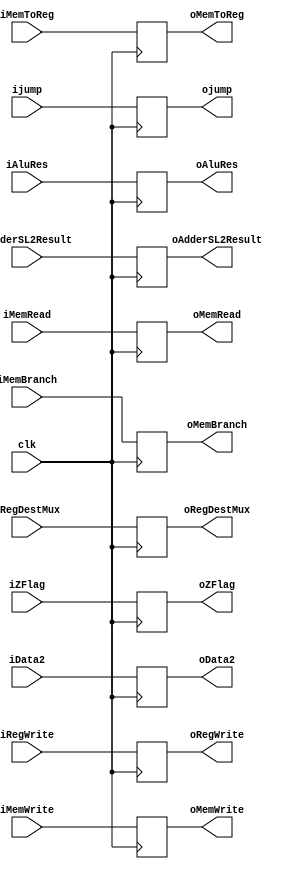
module EX_MEM(
    input clk,    
    input iRegWrite,
    input iMemToReg,
    input iMemWrite,
    input iMemRead,
    input iMemBranch,
    input ijump,  
    input [31:0] iAdderSL2Result,  
    input iZFlag,  
    input [31:0] iAluRes,  
    input [31:0] iData2,  
    input [4:0] iRegDestMux,  
    output reg oRegWrite,
    output reg oMemToReg,
    output reg oMemWrite,
    output reg oMemRead,
    output reg oMemBranch,
    output reg ojump,  
    output reg [31:0] oAdderSL2Result,  
    output reg oZFlag,  
    output reg [31:0] oAluRes,  
    output reg [31:0] oData2,  
    output reg [4:0] oRegDestMux
);
always @(posedge clk ) 
begin
    oRegWrite <= iRegWrite;
    oMemToReg <= iMemToReg;
    oMemWrite <= iMemWrite;
    oMemRead <= iMemRead;
    oMemBranch <= iMemBranch;
    ojump <= ijump;  
    oAdderSL2Result <= iAdderSL2Result;  
    oZFlag <= iZFlag;  
    oAluRes <= iAluRes;  
    oData2 <= iData2;  
    oRegDestMux <= iRegDestMux;  
end
endmodule